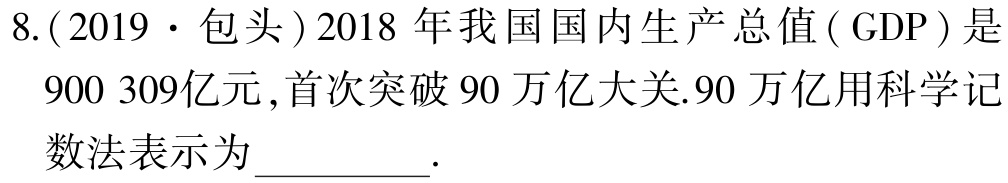
8.(2019·包头)2018年我国国内生产总值( GDP )是900 309亿元,首次突破90万亿大关.90万亿用科学记数法表示为__________.